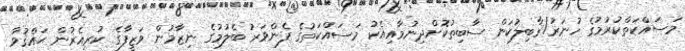
މަސައްކަތްކުރުމުގެ ހުނަރު/ޤާބިލުކަން ސާބިތުކޮށްދިނުމާއިއެކު މަސައްކަތުގެ ފެންވަރު ބެލުމުގެ ނިޒާމުން ވަޒީފާގެ ކުރިއެރުން ޙައްޤުވާ